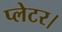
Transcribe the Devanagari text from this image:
प्लेटर।